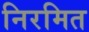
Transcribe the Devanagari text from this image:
निरमित